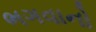
ભગવાનો